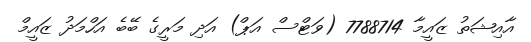
އާއިޝަތު ޒައީމާ 7788714 (ވަޓްސް އަޕް) އަދި މަރީގެ ބޭބެ އަހްމަދު ޒައީމް